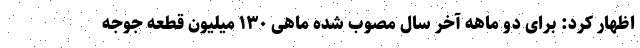
اظهار کرد: برای دو ماهه آخر سال مصوب شده ماهی ۱۳۰ میلیون قطعه جوجه